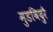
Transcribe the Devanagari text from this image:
मुडविदुरै